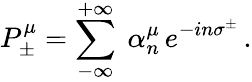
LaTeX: P_{\pm}^{\mu}=\sum_{-\infty}^{+\infty}\ \alpha_{n}^{\mu}\, e^{-in\sigma^{\pm}}\, .